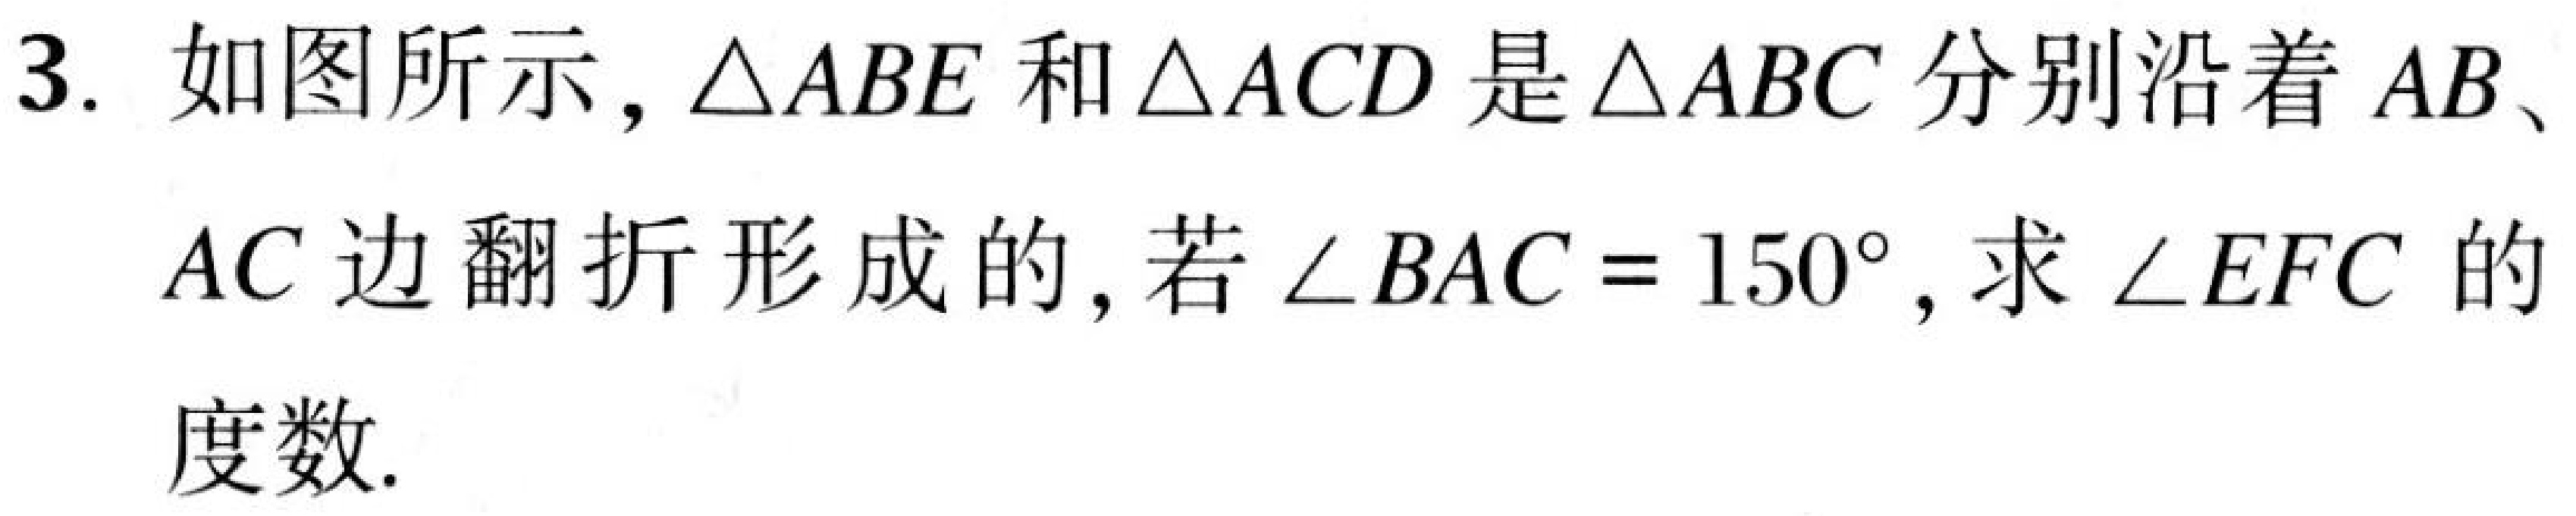
3. 如图所示，\(\triangle ABE\)和\(\triangle ACD\)是\(\triangle ABC\)分别沿着\(AB\)、
\(AC\)边翻折形成的，若\(\angle BAC = 150^{\circ}\)，求\(\angle EFC\)的
度数.